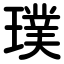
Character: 璞